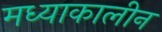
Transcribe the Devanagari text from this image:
मध्याकालीन